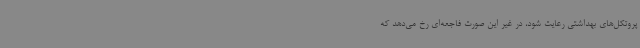
پروتکل‌های بهداشتی رعایت شود، در غیر این صورت فاجعه‌ای رخ می‌دهد که